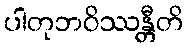
ပါတုဘဝိဿန္တီတိ